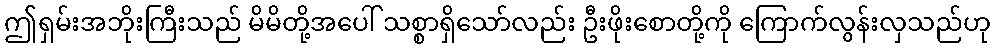
ဤရှမ်းအဘိုးကြီးသည် မိမိတို့အပေါ် သစ္စာရှိသော်လည်း ဦးဖိုးစောတို့ကို ကြောက်လွန်းလှသည်ဟု